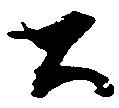
公